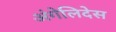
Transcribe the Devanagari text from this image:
अंगेलिदेस